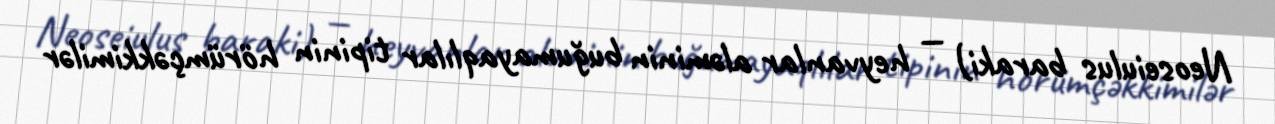
Neoseiulus baraki) — heyvanlar aləminin buğumayaqlılar tipinin hörümçəkkimilər